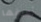
أعرفها